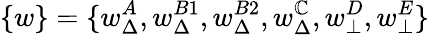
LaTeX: \{ w\} =\{ w_{\Delta}^{A},w_{\Delta}^{B1},w_{\Delta}^{B2},w_{\Delta}^{\mathbb{C}},w_{\bot}^{D},w_{\bot}^{E}\}